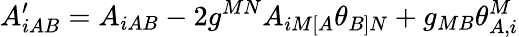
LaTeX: A_{iAB}^{\prime}=A_{iAB}-2g^{MN}A_{iM[A}\theta_{B]N}+g_{MB}\theta_{A,i}^{M}